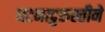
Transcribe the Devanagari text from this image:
घटनादुरुस्तीने